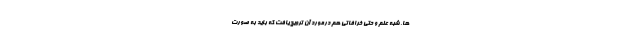
ها، شبه علم و حتی خرافاتی هم درمورد آن ترویج یافت که باید به صورت